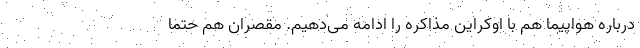
درباره‌ هواپیما هم با اوکراین مذاکره را ادامه می‌دهیم. مقصران هم حتما